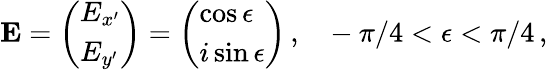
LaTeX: {\mathbf E}=\left(\begin{array}{l}{E_{x^{\prime}}}\\ {E_{y^{\prime}}}\end{array}\right)=\left(\begin{array}{l}{\cos\epsilon}\\ {i\sin\epsilon}\end{array}\right)\, ,~~~-\pi/4<\epsilon<\pi/4\, ,